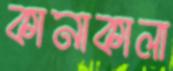
কানাকালা